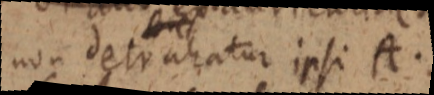
non detrahatur ipsi A.